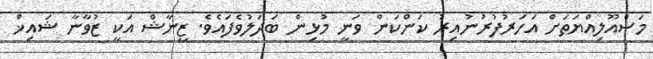
މަސްއޫލިއްޔަތަށް އަހަރުފުރުނުއިރު ކަންކަން ވަނީ މުޅިން ބަދަލުވެފައެވެ. ޒީނާޝް އަކީ ޒުވާނާ ޝައިޚް